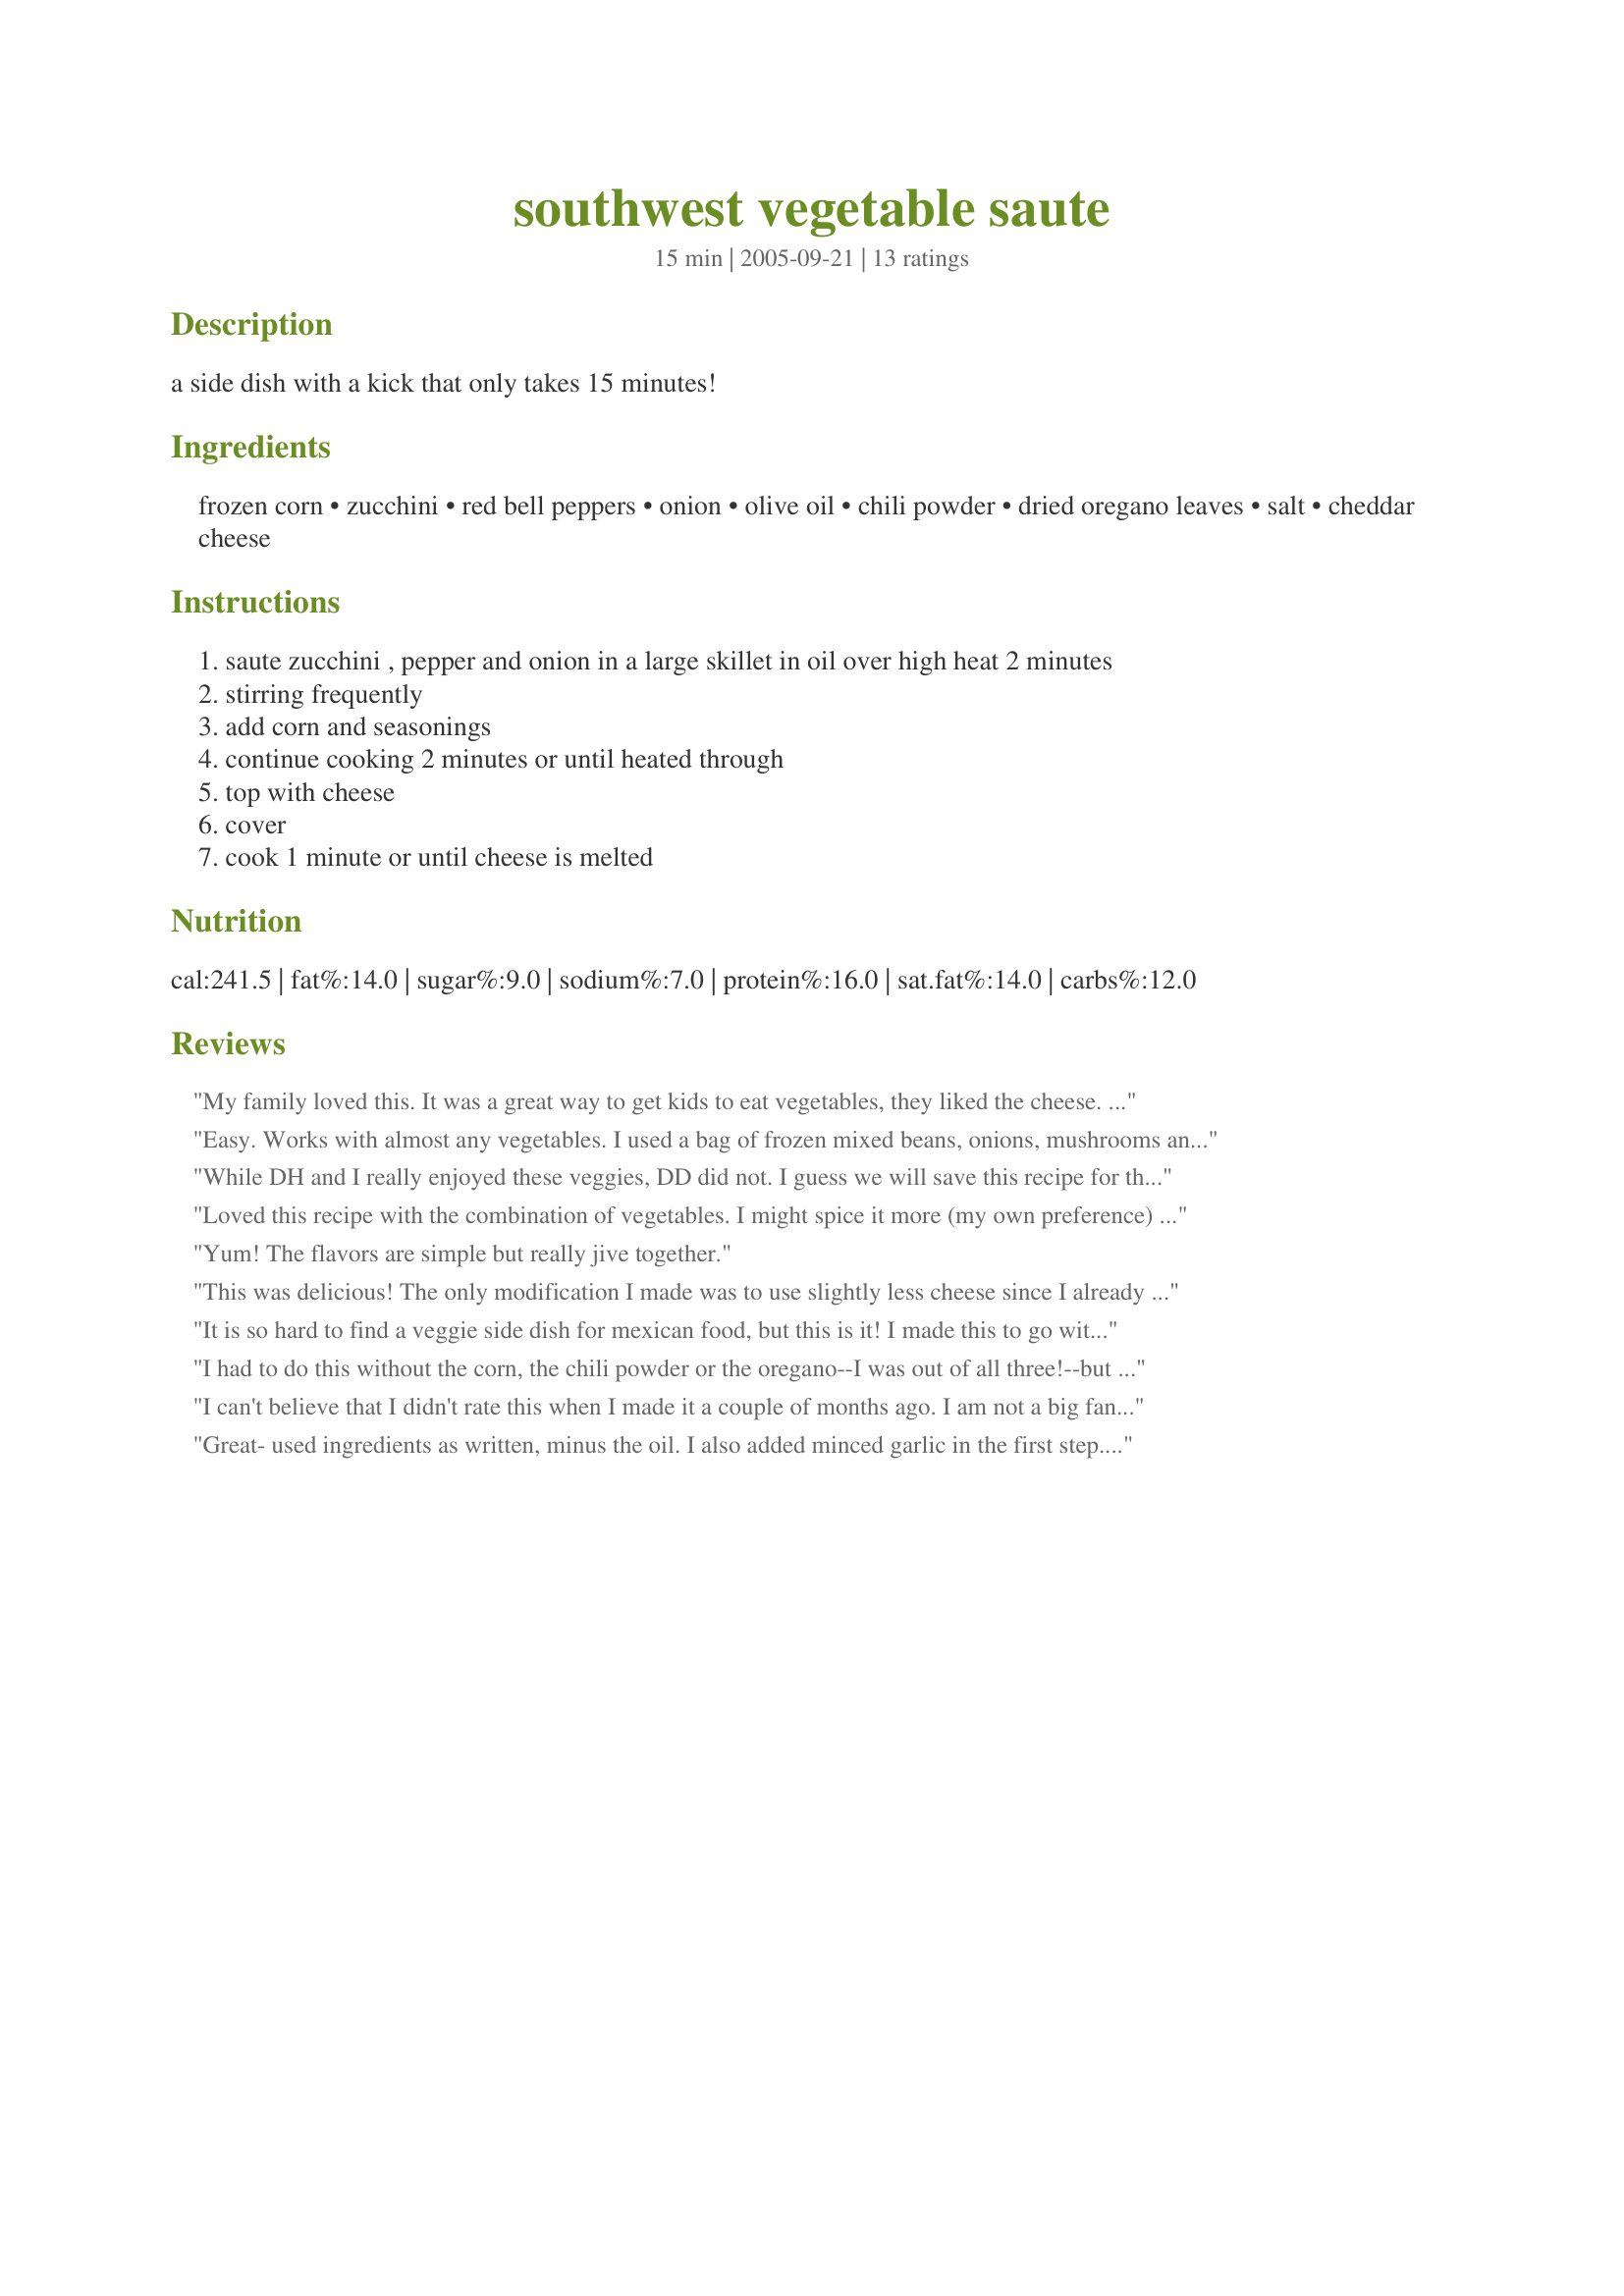
southwest vegetable saute
Preparation time: 15 minutes

a side dish with a kick that only takes 15 minutes!

Ingredients:
frozen corn, zucchini, red bell peppers, onion, olive oil, chili powder, dried oregano leaves, salt, cheddar cheese

Steps:
saute zucchini , pepper and onion in a large skillet in oil over high heat 2 minutes
stirring frequently
add corn and seasonings
continue cooking 2 minutes or until heated through
top with cheese
cover
cook 1 minute or until cheese is melted

Reviews:
My family loved this. It was a great way to get kids to eat vegetables, they liked the cheese. I followed the recipe exact and it was really, really good. Thanks for the good recipe!
Easy. Works with almost any vegetables. I used a bag of frozen mixed beans, onions, mushrooms and broccoli, added just a little Italian seasoning and topped with cheese.
While DH and I really enjoyed these veggies, DD did not. I guess we will save this recipe for those nights we are home by ourselves. I used mexican blend cheese and some asiago on top because that is what I had on hand. Served with grilled chicken.
Loved this recipe with the combination of vegetables. I might spice it more (my own preference) with some cayenne next time. I also didn't use the full 1/2 cup of cheese because I didn't think it needed that much. :)
Yum! The flavors are simple but really jive together.
This was delicious! The only modification I made was to use slightly less cheese since I already had a cheesy main dish and I didn't want cheese overload. I can see how it would still taste delicious with the full amount of cheese.
It is so hard to find a veggie side dish for mexican food, but this is it! I made this to go with Recipe #180496. We wound up mixing them together halfway through the meal. It was fabulous! DH was still talking about it this morning!
I had to do this without the corn, the chili powder or the oregano--I was out of all three!--but it was tasty nonetheless. I can't wait to make it with the proper ingredients.
I can't believe that I didn't rate this when I made it a couple of months ago. I am not a big fan of zucchini but this made me a believer. I will be making this again and again..... MMMM.
Great- used ingredients as written, minus the oil. I also added minced garlic in the first step. Thanks Laurie!
It's hard to find a vegetable dish to go with a Mexican theme meal. This one fits the bill. Add a touch of your favorite spice for some heat and this is a real Tex-Mex winner.
Great recipe. Healthy, tasty & quick/easy to make. I was tempted to leave out the cheese but ended up putting on 1/2 of what was called for (1 oz), it was perfect for us. Thanks for sharing.
I loved this recipe! I didn't have zucchini so I skipped that, but used everything else the same. I served this with spanish rice and chicken breasts cooked in the slow cooker with salsa. I did find that it took me longer than 15 minutes to make because I chop vegetables relatively slow, but it was still delicious and I will definitely put this in my recipe box.
